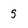
Character: g